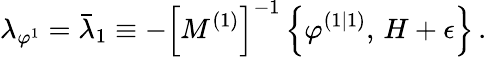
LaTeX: \lambda_{\varphi^{1}}=\bar{\lambda}_{1}\equiv-\left[M^{\left(1\right)}\right]^{-1}\left\{ \varphi^{\left(1|1\right)},\, H+\epsilon\right\} \, .